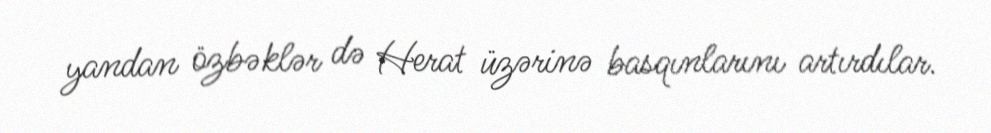
yandan özbəklər də Herat üzərinə basqınlarını artırdılar.